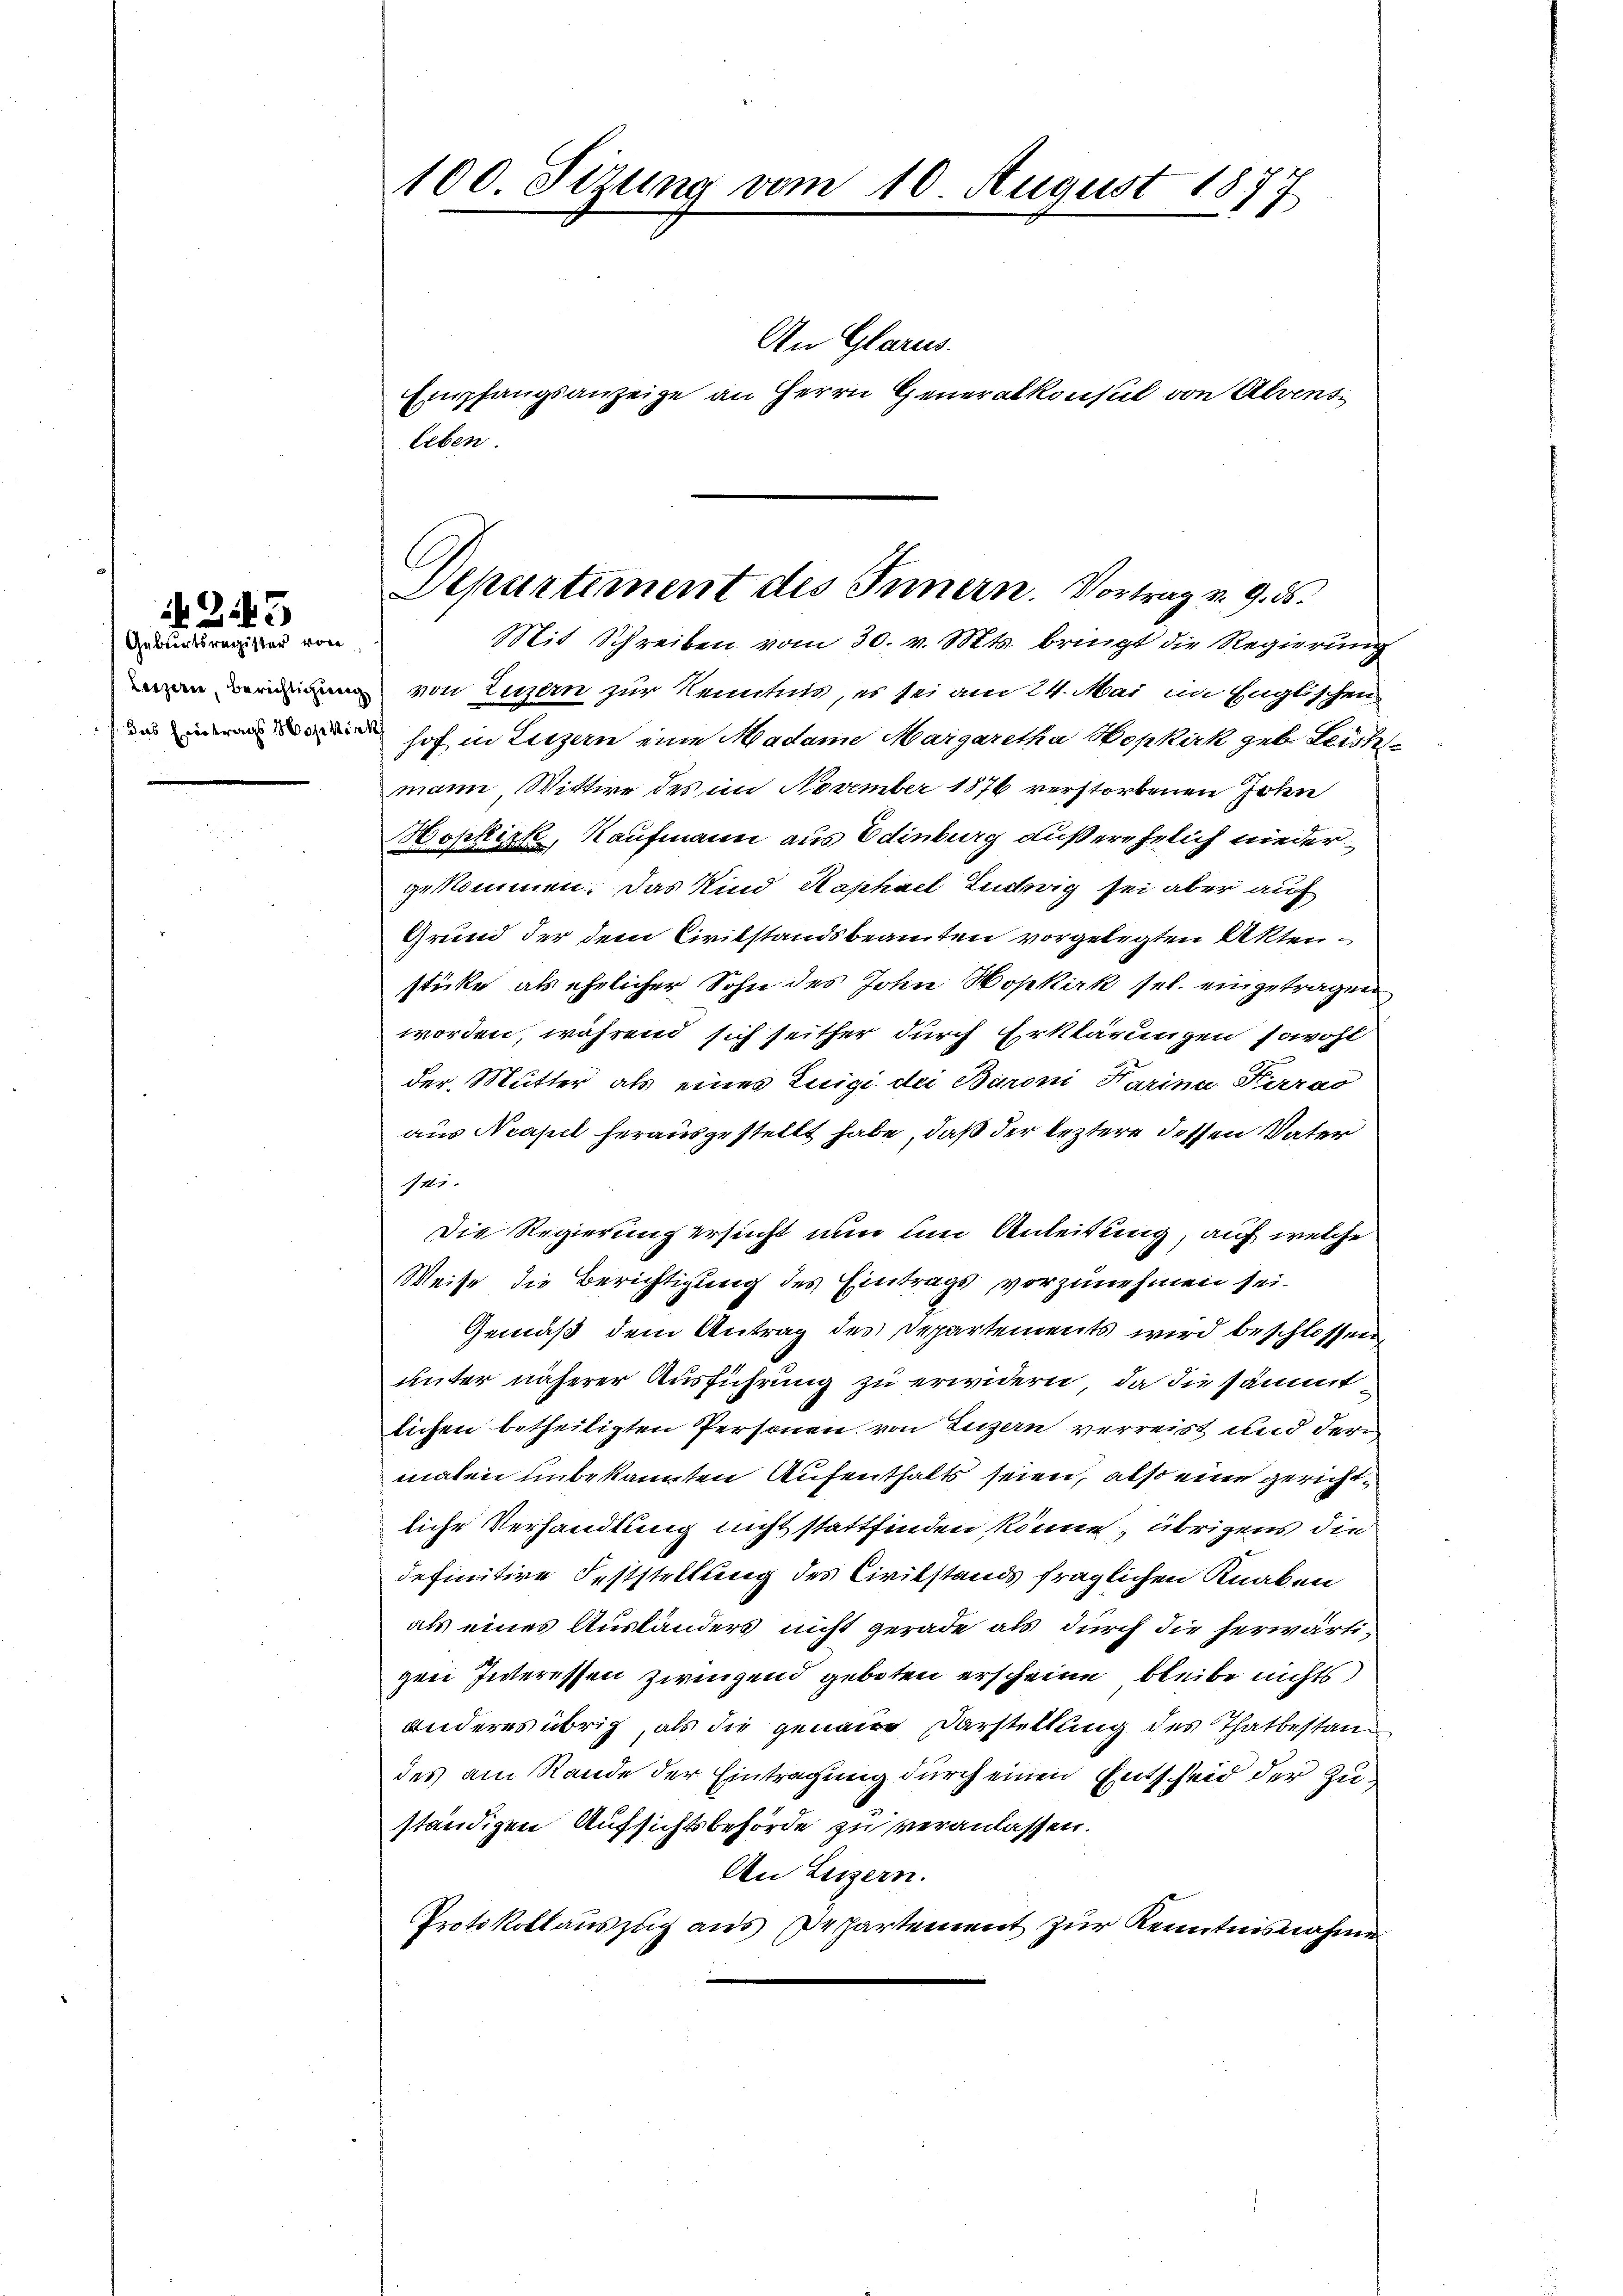
245
Geburtsregister von

100. Sizung vom 10. August 1877

An Glarus.
Empfangsanzeige an Herrn Generalkonsul von Alvensleben.

Departement des Innern. Vortrag u. 9. ds.

Mit Schreiben vom 30. v. Mts. bringt die Regierung
ni von Luzern zur Kenntnis, es sei am 24. Mai im Englischen
hof in Luzern eine Madame Margaretha Hopkirk geb. Leichte
mann, Wittwe des im November 1876 verstorbenen John
Hopkirk, Kaufmann aus Edinburg außerehelich niedergekommen. Das Kind Kaphael Luchig sei aber auf
Grund der dem Civilstandsbeamten vorgelegten Aktensticke als ehelicher Sohn des John Hopkirk sel. eingetragen
worden, während sich seither durch Erklärungen sowohl
der Mutter als eines Luigi der Baroni Harina Kerras
aus Neapel herausgestellt habe, daß der leztere dessen Vater
1117.
Die Regierung ersucht nun um Anleitung, auf welche
Weise die Berichtigung des Eintrags vorzunehmen sei.
Gemäß dem Antrag des Departements wird beschlossen,
unter näherer Ausführung zu erwidern, da die sämmt
lichen betheiligten Personen von Luzern verreist und der
maten unbekannten Aufenthalts seien, also eine gerichtliche Verhandlung nicht stattfinden könne; übrigens die
definitive Feststellung des Civilstands fraglichen Knaben
als eines Ausländers nicht gerade als durch die herwärtigeei Interessen zwingend geboten erscheine bleibe nichts
anderes übrig, als die genaue Darstellung des Thatbestandes am Rande der Eintragung durch einen Entscheid der Zuständigen Aufsichtsbehörde zu veranlassen.
An Luzern.
Protokollauszug aus Dechartement zur Kenntnisnahme